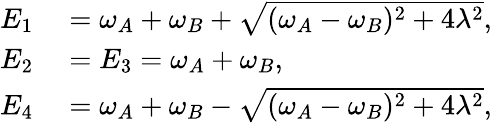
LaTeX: \begin{array}{rl}{E_{1}}&{{}=\omega_{A}+\omega_{B}+\sqrt{(\omega_{A}-\omega_{B})^{2}+4\lambda^{2}},}\\ {E_{2}}&{{}=E_{3}=\omega_{A}+\omega_{B},}\\ {E_{4}}&{{}=\omega_{A}+\omega_{B}-\sqrt{(\omega_{A}-\omega_{B})^{2}+4\lambda^{2}},}\end{array}